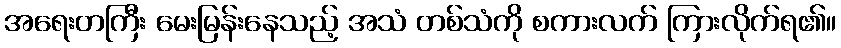
အရေးတကြီး မေးမြန်းနေသည့် အသံ တစ်သံကို စကားလက် ကြားလိုက်ရ၏။